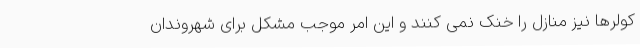
کولرها نیز منازل را خنک نمی کنند و این امر موجب مشکل برای شهروندان